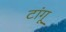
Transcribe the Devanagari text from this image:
टांगू